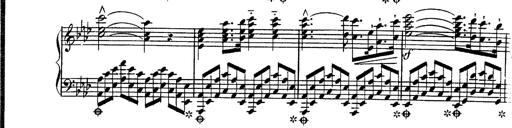
Title: Hexameron, Morceau de Concert
Composer: Franz Liszt